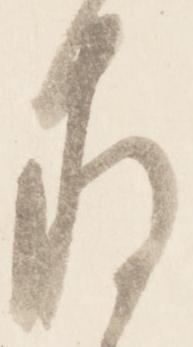
存